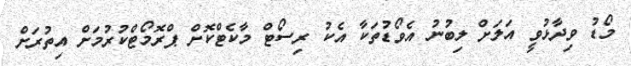
މޯޑު ވިދާޅުވީ އަލަށް ލިބުނު އެވޯޑުތަކާ އެކު ރިސޯޓް މާކެޓްކޮށް ޕްރޮމޯޓްކުރުމަށް އިތުރަށް